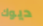
ديوك